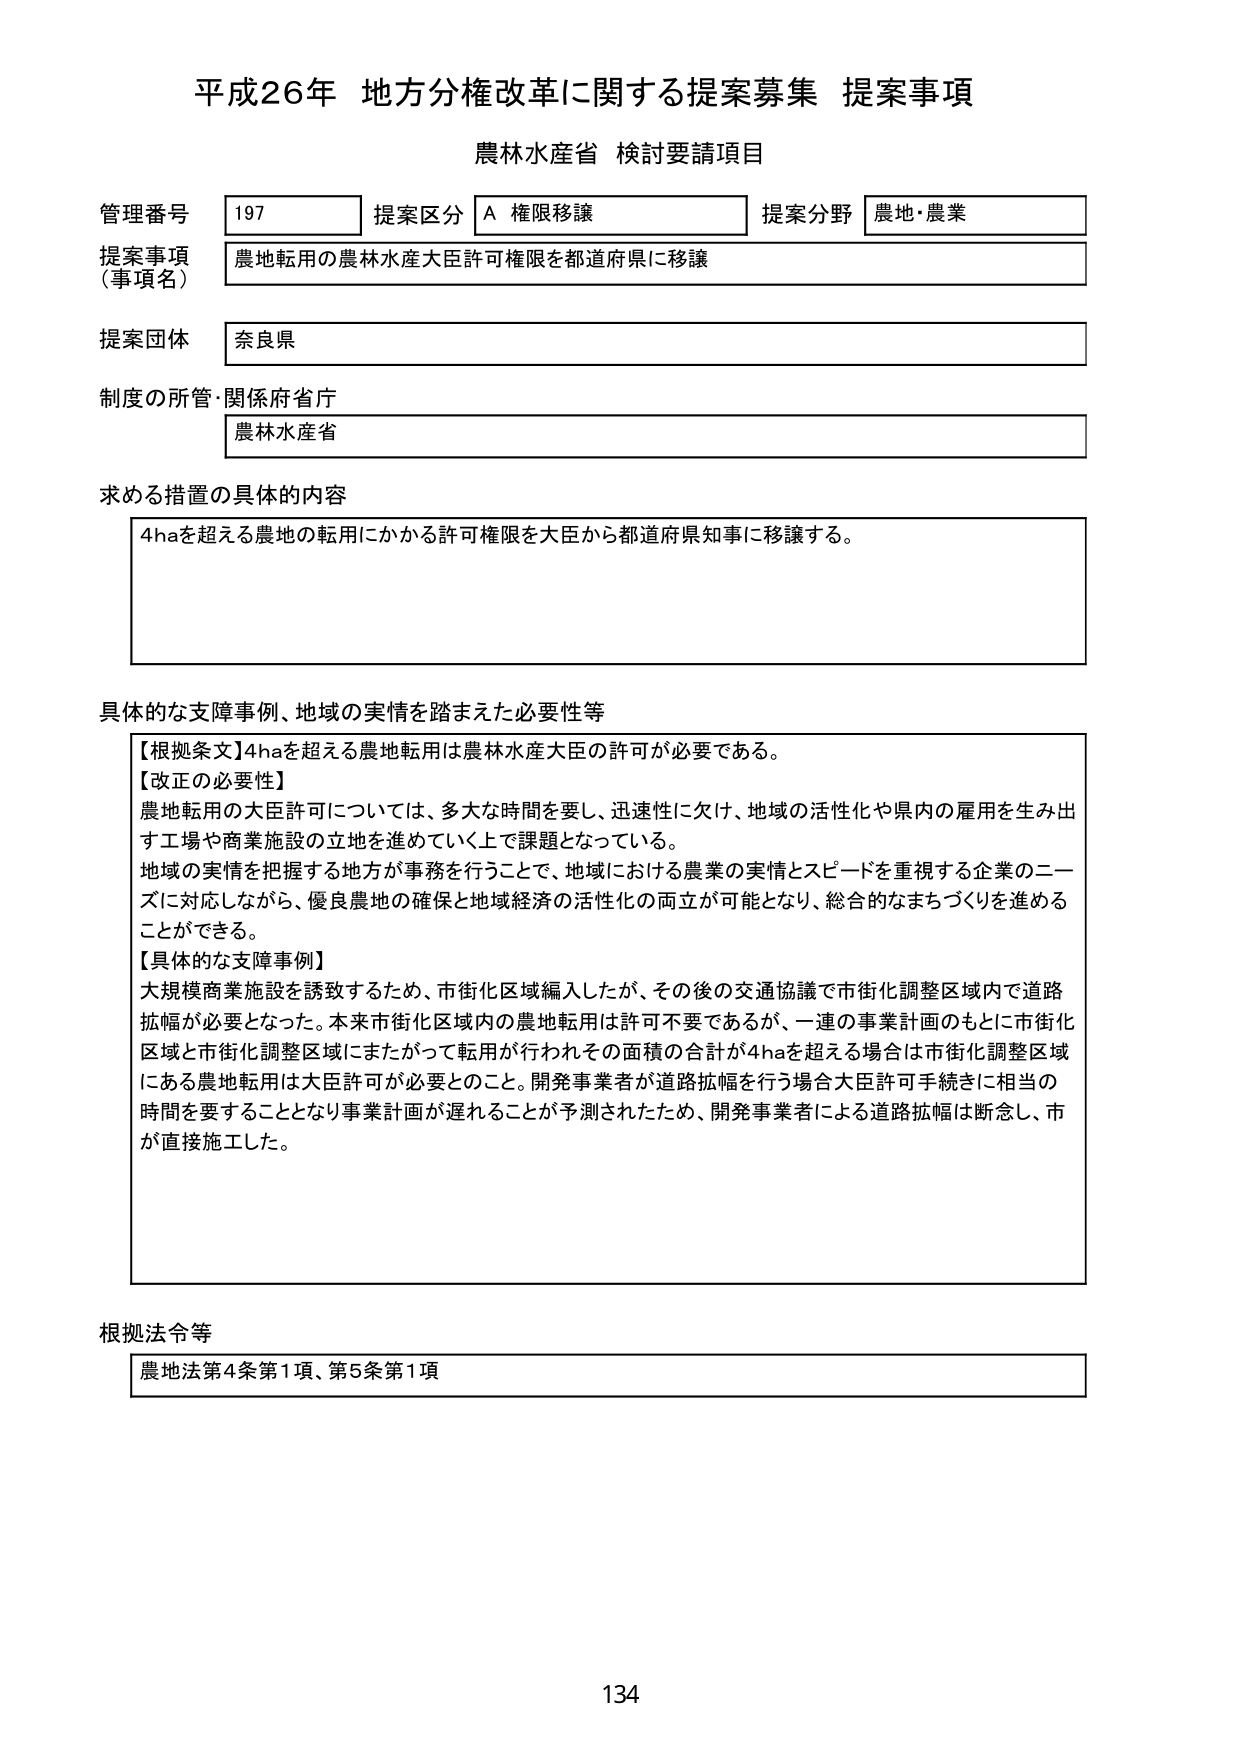
平成26年 地方分権改革に関する提案募集 提案事項
農林水産省 検討要請項目

管理番号 197 提案区分 A 権限移譲 提案分野 農地・農業
提案事項（事項名） 農地転用の農林水産大臣許可権限を都道府県に移譲
提案団体 奈良県
制度の所管・関係府省庁 農林水産省

求める措置の具体的内容
4haを超える農地の転用にかかる許可権限を大臣から都道府県知事に移譲する。

具体的な支障事例、地域の実情を踏まえた必要性等
【根拠条文】4haを超える農地転用は農林水産大臣の許可が必要である。
【改正の必要性】
農地転用の大臣許可については、多大な時間を要し、迅速性に欠け、地域の活性化や県内の雇用を生み出す工場や商業施設の立地を進めていく上で課題となっている。
地域の実情を把握する地方が事務を行うことで、地域における農業の実情とスピードを重視する企業のニーズに対応しながら、優良農地の確保と地域経済の活性化の両立が可能となり、総合的なまちづくりを進めることができる。
【具体的な支障事例】
大規模商業施設を誘致するため、市街化区域編入したが、その後の交通協議で市街化調整区域内で道路拡幅が必要となった。本来市街化区域内の農地転用は許可不要であるが、一連の事業計画のもとに市街化区域と市街化調整区域にまたがって転用が行われその面積の合計が4haを超える場合は市街化調整区域内にある農地転用は大臣許可が必要とのこと。開発事業者が道路拡幅を行う場合大臣許可手続きに相当の時間を要することとなり事業計画が遅れることが予測されたため、開発事業者による道路拡幅は断念し、市が直接施工した。

根拠法令等
農地法第4条第1項、第5条第1項

134